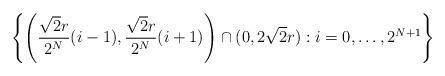
LaTeX: \begin{align*}\left\{\left(\frac{\sqrt2r}{2^N}(i-1),\frac{\sqrt2r}{2^N}(i+1)\right)\cap(0,2\sqrt2r): i=0,\dots,2^{N+1}\right\}\end{align*}